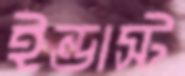
ইন্ডাস্ট